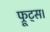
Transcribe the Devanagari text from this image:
फ्रूट्स।